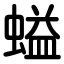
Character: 螠